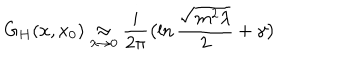
G _ { H } ( x , x _ { 0 } ) \mathrel { \mathop { \approx } _ { \lambda \rightarrow 0 } } { \frac { i } { 2 \pi } } \bigl ( \ln { \frac { \sqrt { m ^ { 2 } \lambda } } { 2 } } + \gamma \bigr )